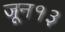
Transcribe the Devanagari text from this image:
जून१३